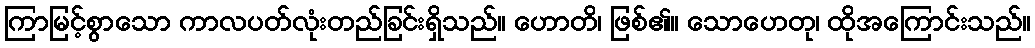
ကြာမြင့်စွာသော ကာလပတ်လုံးတည်ခြင်းရှိသည်။ ဟောတိ၊ ဖြစ်၏။ သောဟေတု၊ ထိုအကြောင်းသည်။